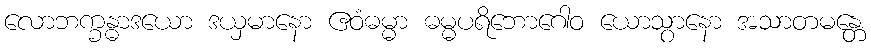
လောဘက္ခန္ဓာဒယော ဒယှမာနော ဧဝံဓမ္မာ ဓမ္မပရိဘောဂေါဝ ယောသွာနော အသာတမန္တေ